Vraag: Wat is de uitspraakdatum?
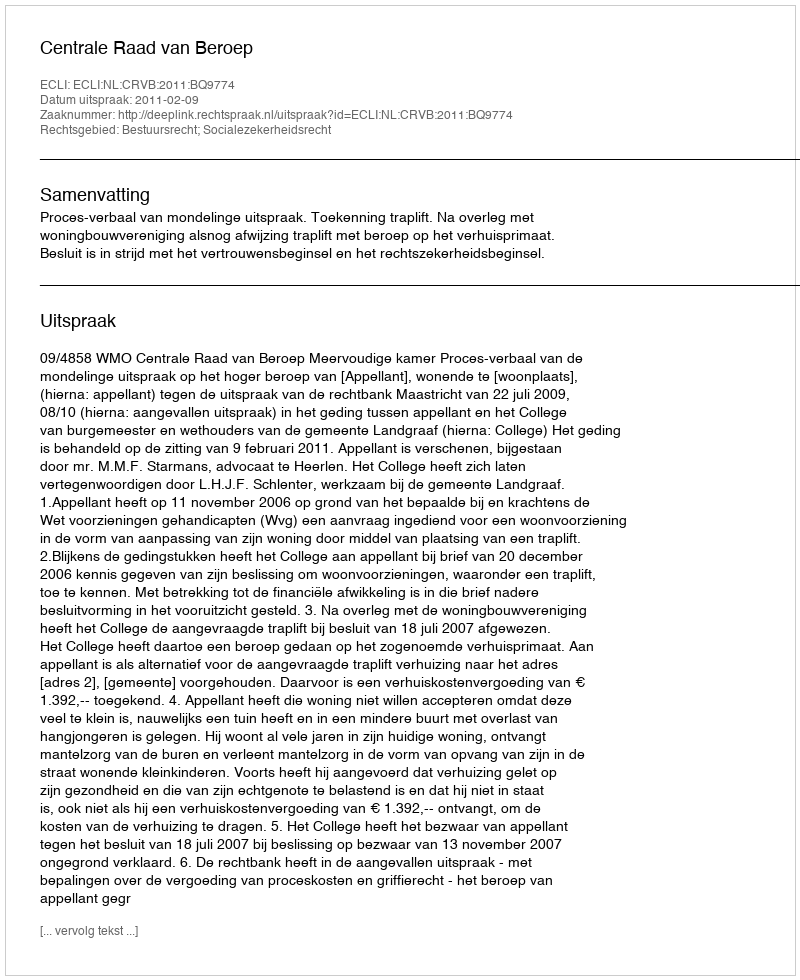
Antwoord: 2011-02-09